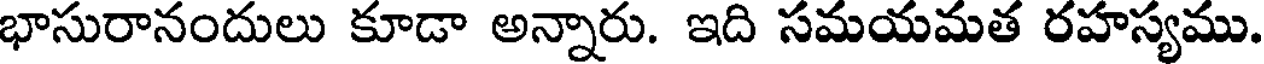
భాసురానందులు కూడా అన్నారు. ఇది సమయమత రహస్యము.